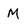
Character: M